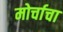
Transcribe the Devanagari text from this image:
मोर्चाचा